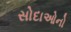
સોદાઓનો